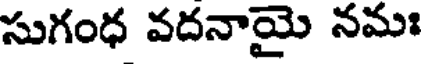
సుగంధ వదనాయై నమః